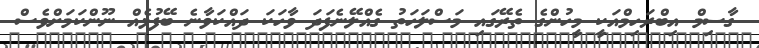
ގާސިމް އިބްރަހިމްއަކީ މީހުންގެ ތެރޭގައި މަސްލަހަތު ގެއްލޭނެފަދަ ވާހަކަ ދައްކަވާނެ ބޭފުޅެއް ނޫންކަމަށްވެސް